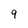
Character: 9